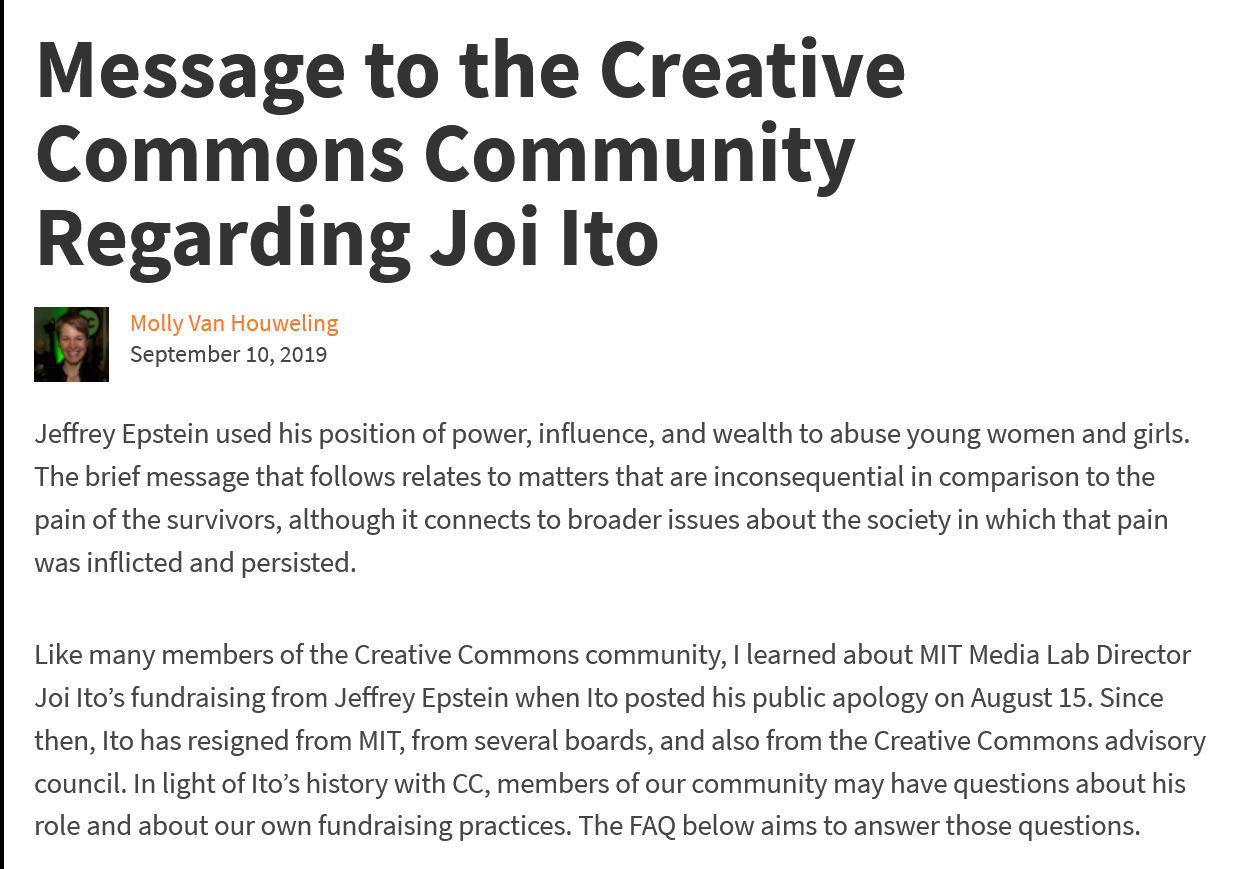
Message    to    the    Creative
   Commons    Community
   Regarding    Joi    Ito
   Jeffrey Epstein used his position of power, influence, and wealth to abuse young women and girls.
   The brief message that follows relates to matters that are inconsequential in comparison to the
   pain of the survivors, although it connects to broader issues about the society in which that pain
   was inflicted and persisted.
     Molly Van Houweling
   Like many members of the Creative Commons community, | learned about MIT Media Lab Director
   Joi Ito’s fundraising from Jeffrey Epstein when Ito posted his public apology on August 15. Since
   then, Ito has resigned from MIT, from several boards, and also from the Creative Commons advisory
   council. In light of Ito’s history with CC, members of our community may have questions about his
   role and about our own fundraising practices. The FAQ below aims to answer those questions.
     September 10, 2019